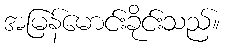
အမြန်မောင်းခိုင်းသည်။